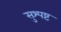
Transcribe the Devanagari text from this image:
सुश्पष्ट